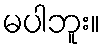
မပါဘူး။